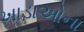
ખાડાઓના